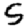
Digit: 5